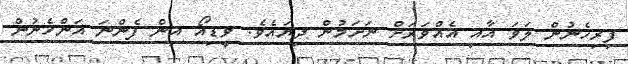
ފިރިހެނުން ލަވަ އާއި އެއްވަރަށް ނަށަމުން ދިޔައެވެ. ވީޑިއޯ އިން ފެންނަ އަންހެނުން